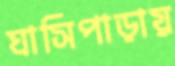
ঘাসিপাড়ায়